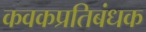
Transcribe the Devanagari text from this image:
कवकप्रतिबंधक